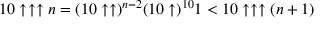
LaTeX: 1 0 \uparrow \uparrow \uparrow n = ( 1 0 \uparrow \uparrow ) ^ { n - 2 } ( 1 0 \uparrow ) ^ { 1 0 } 1 < 1 0 \uparrow \uparrow \uparrow ( n + 1 )